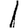
Digit: 1